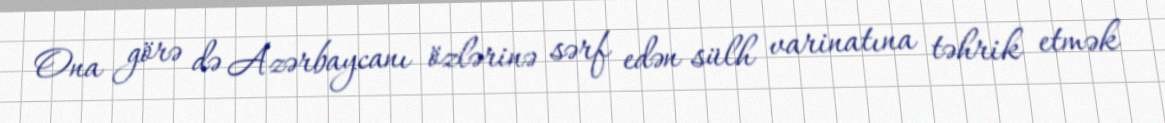
Ona görə də Azərbaycanı özlərinə sərf edən sülh varinatına təhrik etmək